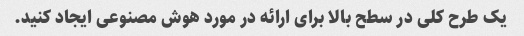
یک طرح کلی در سطح بالا برای ارائه در مورد هوش مصنوعی ایجاد کنید.